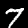
Label: 7